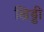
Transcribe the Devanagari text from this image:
खिड्डी